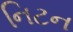
નિટન